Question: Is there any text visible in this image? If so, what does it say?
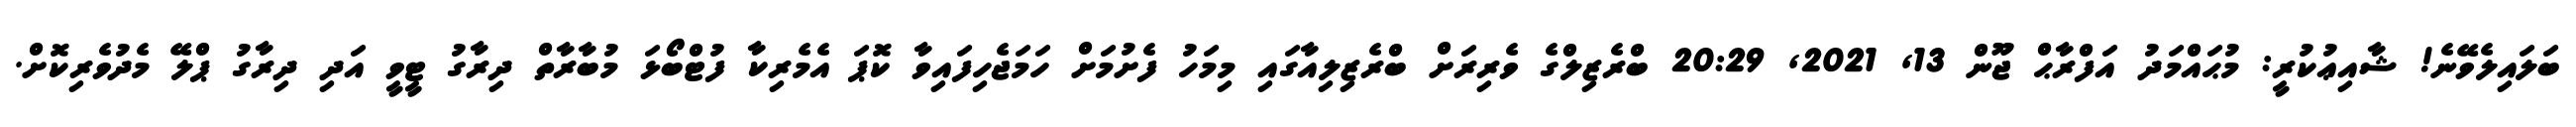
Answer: ބަލައިލެވޭނެ! ޝާއިޢުކުރީ: މުޙައްމަދު އަފްރާޙް ޖޫން 13, 2021, 20:29 ބްރެޒިލްގެ ވެރިރަށް ބްރެޒިލިއާގައި މިމަހު ފެށުމަށް ހަމަޖެހިފައިވާ ކޮޕަ އެމެރިކާ ފުޓްބޯޅަ މުބާރާތް ދިރާގު ޓީވީ އަދި ދިރާގު ޕްލޭ މެދުވެރިކޮށް.